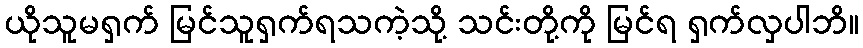
ယိုသူမရှက် မြင်သူရှက်ရသကဲ့သို့ သင်းတို့ကို မြင်ရ ရှက်လှပါဘိ။